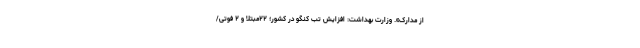
از مدارک». وزارت بهداشت: افزایش تب کنگو در کشور؛ ۲۲مبتلا و ۲ فوتی/